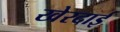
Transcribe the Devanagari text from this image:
खेरदाई